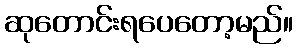
ဆုတောင်းရပေတော့မည်။